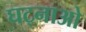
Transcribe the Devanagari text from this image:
घट्नाओ